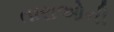
તારાઓની